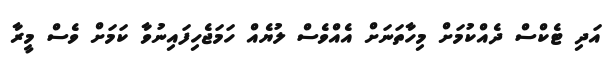
އަދި ޓެކްސް ދެއްކުމަށް މިހާތަނަށް އެއްވެސް ލުޔެއް ހަމަޖެހިފައިނުވާ ކަމަށް ވެސް މީރާ